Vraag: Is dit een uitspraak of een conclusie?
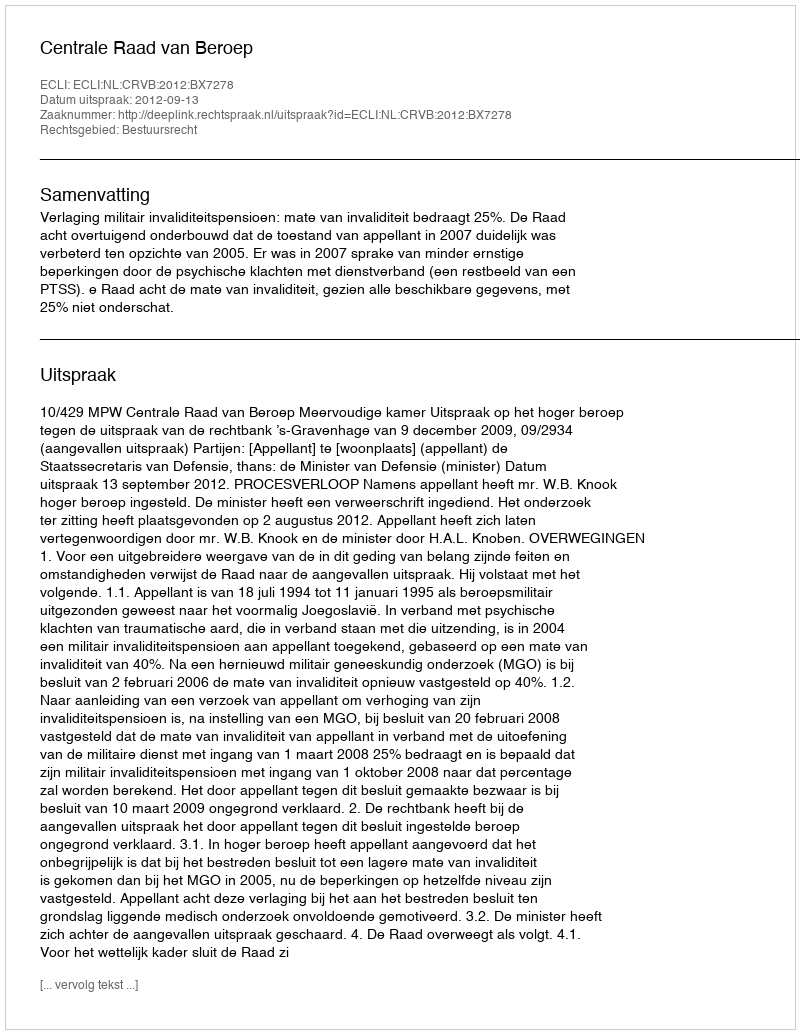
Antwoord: Uitspraak